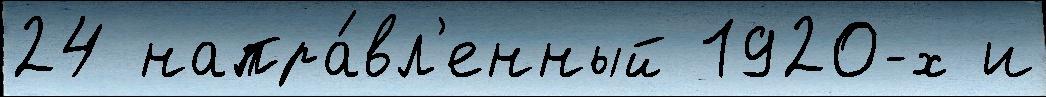
24 напра́вл'енный 1920-х и